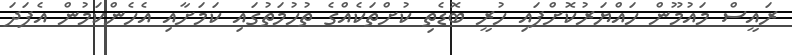
ރައީސް މައުމޫން ހައްޔަރުކޮށްފައި ހުރީ ބޮޑެތި ކުށްތަކެއްގެ ތުހުމަތުގައި ކަމަށާއި އެހެންކަމުން އެފަދަ